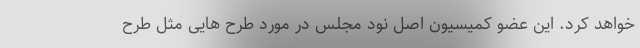
خواهد کرد. این عضو کمیسیون اصل نود مجلس در مورد طرح هایی مثل طرح